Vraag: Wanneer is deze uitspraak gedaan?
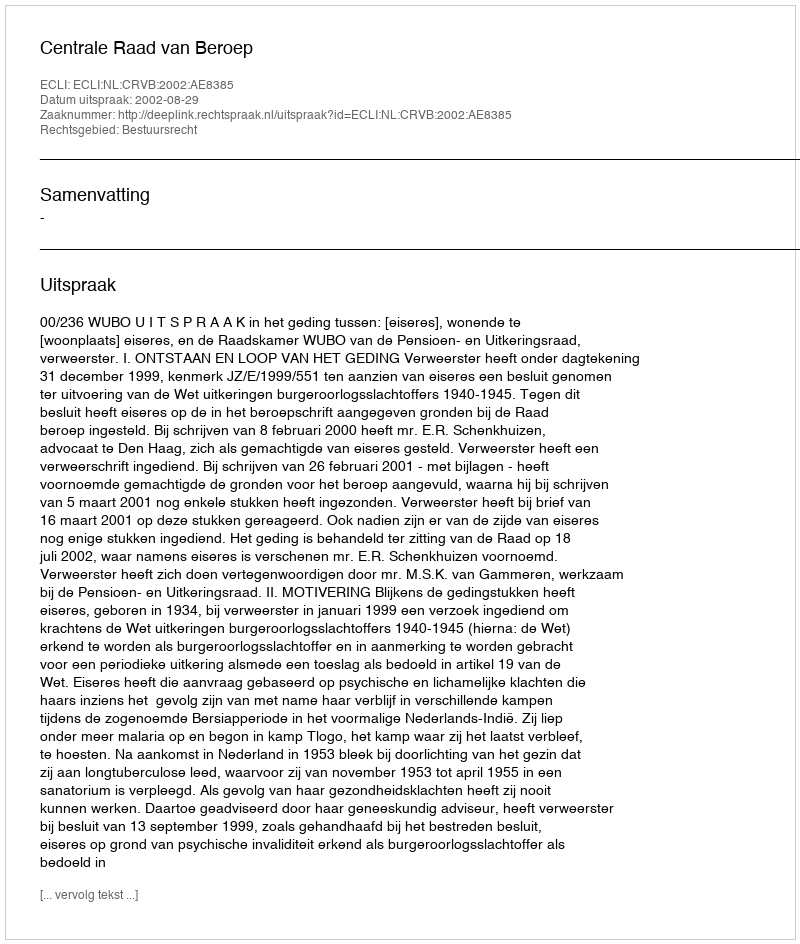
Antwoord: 2002-08-29